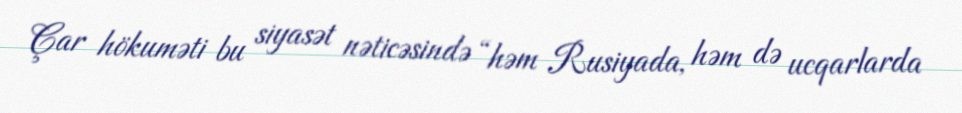
Çar hökuməti bu siyasət nəticəsində “həm Rusiyada, həm də ucqarlarda